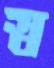
স্ব